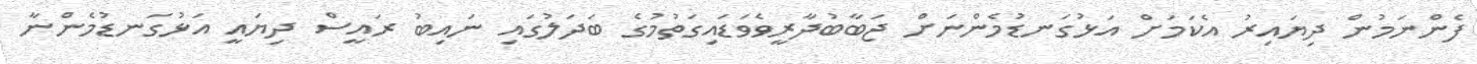
ފެންނަމުން ދިޔައިރު އެކަމަށް އަޅުގަނޑުމެންނަށް ޖަބާބުދާރީވެވަޑައިގަތުމުގެ ބަދަލުގައި ނައިބު ރައީސް ދިޔައީ އަޅުގަނޑުމެންނާ